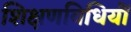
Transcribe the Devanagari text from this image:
शिक्षणविधियों